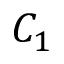
C _ { 1 }